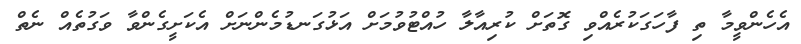
އެހެންވީމާ ތި ފާހަގަކުރެއްވި ގޮތަށް ކުރިއާލާ ހުއްޓުވުމަށް އަޅުގަނޑުމެންނަށް އެކަށީގެންވާ ވަގުތެއް ނެތް